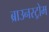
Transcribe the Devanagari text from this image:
ब्राउनस्ट्रोम